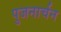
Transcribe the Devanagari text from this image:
पुजनार्चन